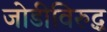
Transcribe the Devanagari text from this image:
जोडीविरुद्ध